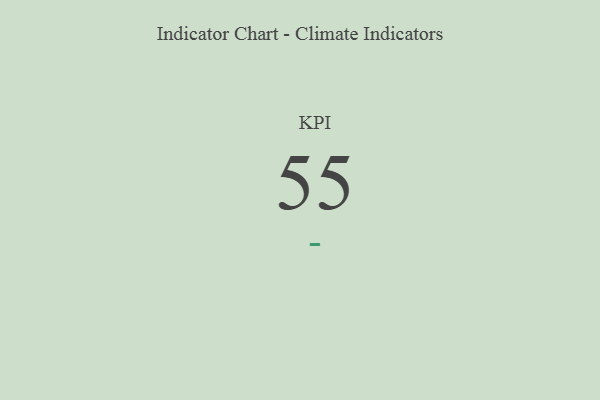
{"axis": {"x": "KPI", "y": "Value"}, "legend": [""], "data": [{"x": "KPI", "y": 55, "type": ""}]}